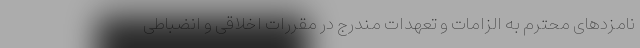
نامزدهای محترم به الزامات و تعهدات مندرج در مقررات اخلاقی و انضباطی